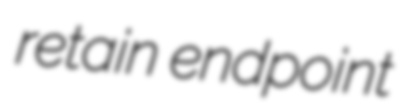
retain endpoint